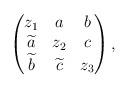
LaTeX: \begin{align*}\begin{pmatrix}z_1 & a & b \\\widetilde{a} & z_2 & c \\\widetilde{b} & \widetilde{c} & z_3\end{pmatrix},\end{align*}